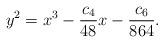
LaTeX: \begin{align*} y^2=x^3-{c_4\over 48}x-{c_6\over 864}.\end{align*}